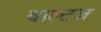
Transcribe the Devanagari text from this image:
वाल्टज